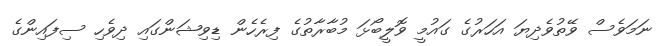
ނަމަވެސް ވޭތުވެދިޔަ އަހަރުގެ ގައުމީ ވޮލީބޯޅަ މުބާރާތުގެ ފިރެހެން ޑިވިޝަންގައި ދިވެހި ސިފައިންގެ